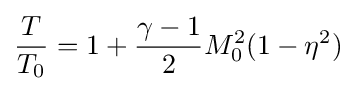
{\frac {T}{T_{0}}}=1+{\frac {\gamma -1}{2}}M_{0}^{2}(1-\eta ^{2})